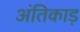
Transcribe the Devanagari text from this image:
अंतिकाड़